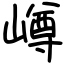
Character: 嶟